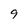
Character: 9